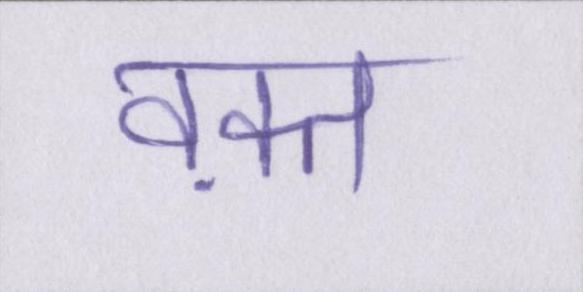
वक़्त